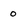
Character: 0